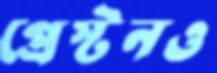
প্রেস্টনও